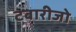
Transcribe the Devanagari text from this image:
टबारीजो